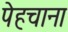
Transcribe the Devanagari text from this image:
पेहचाना